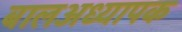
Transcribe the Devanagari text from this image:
बालअध्यापक